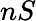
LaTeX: nS